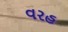
વરહ